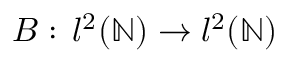
B : \, l ^ { 2 } ( \mathbb { N } ) \to l ^ { 2 } ( \mathbb { N } )